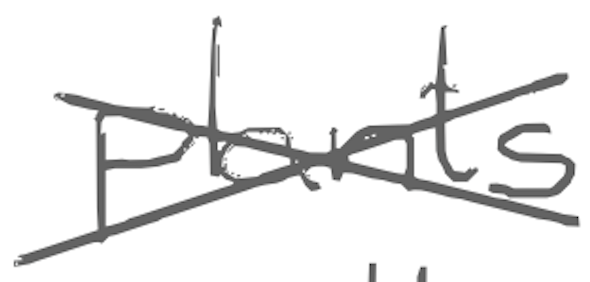
Text: plants
Cross-out: cross
Writing tool: digital_gray